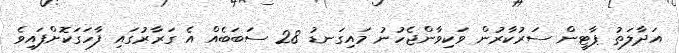
އަދާލަތު ޕާޓީން ސަރުކާރުން ވަކިވާންޖެހުނު މައިގަނޑު 28 ސަބަބެއް އެ ގަރާރުގައި ފާހަގަކޮށްފައިވެ